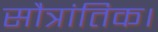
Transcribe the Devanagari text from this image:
सौत्रांतिक।